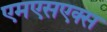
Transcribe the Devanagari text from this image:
एमएसएक्स